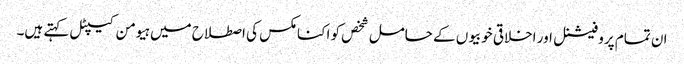
ان تمام پروفیشنل اور اخلاقی خوبیوں کے حامل شخص کو اکنامکس کی اصطلاح میں ہیومن کیپٹل کہتے ہیں۔